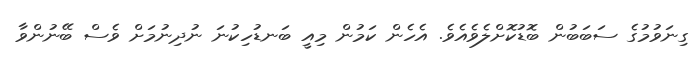
ގިނަވުމުގެ ސަބަބުން ބޮޑުކޮށްލެވެއެވެ. އެހެން ކަމުން މިއީ ބަނޑުހިކުނަ ނުދިނުމަށް ވެސް ބޭނުންވާ